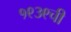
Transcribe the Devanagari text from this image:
१९३९ची